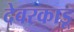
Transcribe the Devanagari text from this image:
देवरकाडू